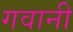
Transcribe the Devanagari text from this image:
गवानी